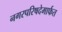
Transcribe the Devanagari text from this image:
नगरपरिषदेमार्फत